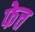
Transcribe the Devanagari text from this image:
फेत्त